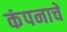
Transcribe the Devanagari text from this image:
कंपनाचे